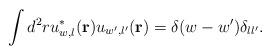
LaTeX: \begin{align*}\displaystyle\int d^2 r u^*_{w,l} ({\bf r}) u_{w',l'} ({\bf r}) =\delta (w - w') \delta _{l l'}.\end{align*}